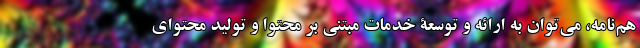
هم‌نامه، می‌توان به ارائه و توسعۀ خدمات مبتنی بر محتوا و تولید محتوای